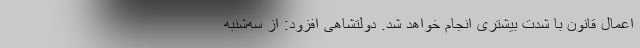
اعمال قانون با شدت بیشتری انجام خواهد شد. دولتشاهی افزود: از سه‌شنبه